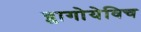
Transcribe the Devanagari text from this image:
ब्लागोयेविच